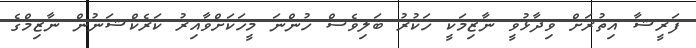
ފަރީޝާ އިތުރަށް ވިދާޅުވީ ނާޒިމަކީ ހަކުރު ބަލިވެސް ހުންނަ މީހަކަށްވާއިރު ކަރެކްޝަނުން ނާޒިމްގެ